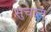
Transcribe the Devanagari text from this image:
सुचाल